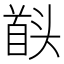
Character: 𮩠